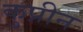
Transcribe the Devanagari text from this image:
कुप्रीन